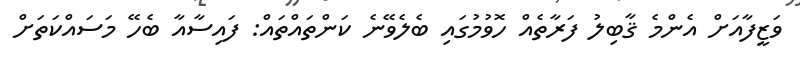
ވަޒީފާއަށް އެންމެ ޤާބިލު ފަރާތެއް ހޮވުމުގައި ބެލެވޭނެ ކަންތައްތައް: ފައިސާއާ ބެހޭ މަސައްކަތަށް